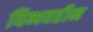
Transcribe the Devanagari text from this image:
विभवहीन